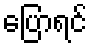
ပြောရင်